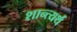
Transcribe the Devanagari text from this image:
शान्त्यर्थं